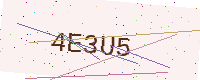
Text: 4E3U5